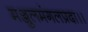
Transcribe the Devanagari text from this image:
मञ्जुलमंगलप्रदा।।